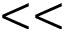
< <